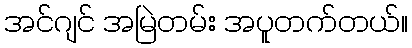
အင်ဂျင် အမြဲတမ်း အပူတက်တယ်။